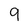
Character: 9